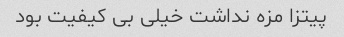
پیتزا مزه نداشت خیلی بی کیفیت بود